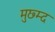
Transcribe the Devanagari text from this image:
मुछ्म्द